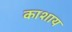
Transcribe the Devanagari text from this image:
काशाय